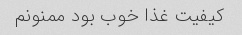
کیفیت غذا خوب بود ممنونم